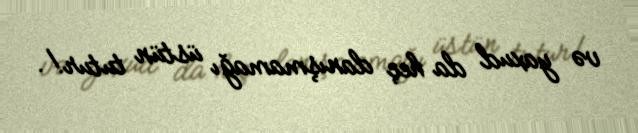
və yaxud da heç danışmamağı üstün tutur!.